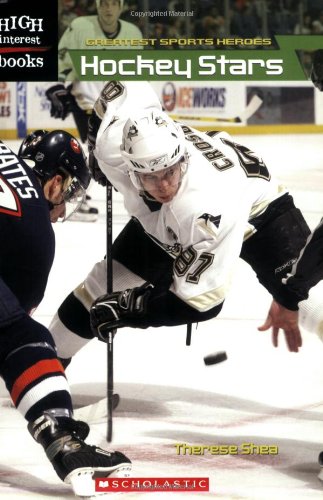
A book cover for Hockey Stars (High Interest Books: Greatest Sports Heroes); Therese M. Shea; Teen & Young Adult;